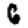
Digit: 6